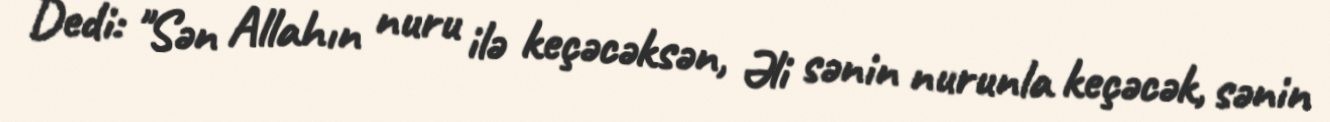
Dedi: "Sən Allahın nuru ilə keçəcəksən, Əli sənin nurunla keçəcək, sənin